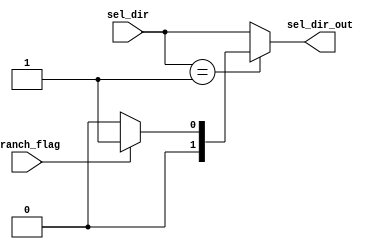
module branch_control(sel_dir, branch_flag, sel_dir_out);

input wire [1:0] sel_dir;
input wire branch_flag;
output reg [1:0] sel_dir_out;


always@*
begin
if(sel_dir==2'b01)
		begin
			if (branch_flag)
				begin
					sel_dir_out=2'b01;
				end
			else 
				begin
					sel_dir_out=2'b00;
				end
		end
else 
	begin
		sel_dir_out=sel_dir;
	end
end
endmodule